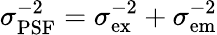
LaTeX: \sigma_{\mathrm{PSF}}^{-2}=\sigma_{\mathrm{ex}}^{-2}+\sigma_{\mathrm{em}}^{-2}